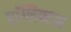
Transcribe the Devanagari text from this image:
एग्लिन्टन